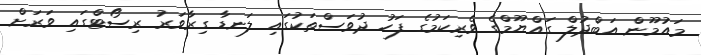
މައުމޫން އަބްދުލް ގައްޔޫމްގެ ވެރިކަމުގެ ފަހު ދުވަސްތަކުގައި ލަނޑާ ގިރާވަރު ރިސޯޓްގައި ވަރަށް